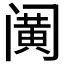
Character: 𰿹